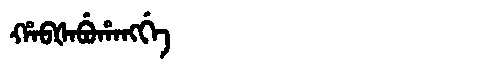
Manchu: ᡥᠠᠪᡧᠠᠪᡠᡥᠠᠩᡤᡝ
Romanization: HABŠABUHANGGE